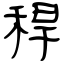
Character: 稈